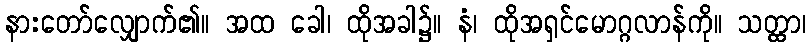
နားတော်လျှောက်၏။ အထ ခေါ၊ ထိုအခါ၌။ နံ၊ ထိုအရှင်မောဂ္ဂလာန်ကို။ သတ္ထာ၊